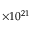
\times 1 0 ^ { 2 1 }